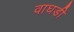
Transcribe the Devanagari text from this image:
वाघडी